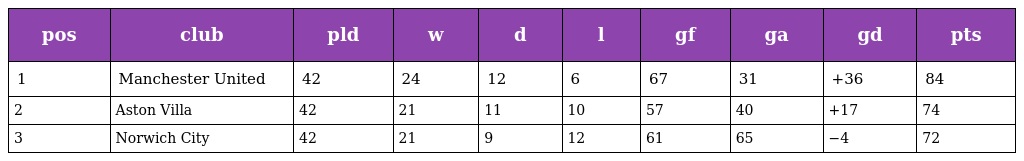
| pos | club | pld | w | d | l | gf | ga | gd | pts |
 | --- | --- | --- | --- | --- | --- | --- | --- | --- | --- |
 | 1 | Manchester United | 42 | 24 | 12 | 6 | 67 | 31 | +36 | 84 |
 | 2 | Aston Villa | 42 | 21 | 11 | 10 | 57 | 40 | +17 | 74 |
 | 3 | Norwich City | 42 | 21 | 9 | 12 | 61 | 65 | −4 | 72 |